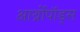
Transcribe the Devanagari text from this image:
आर्थ्रोपॉड्स